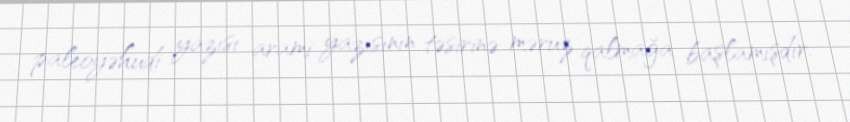
paleoyəhudi yazısı arami yazısının təsirinə məruz qalmağa başlamışdır.